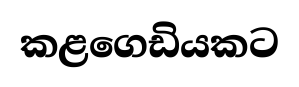
කළගෙඩියකට